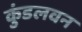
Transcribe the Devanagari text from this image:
कुंडलवन